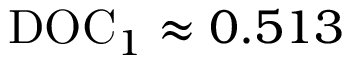
\mathrm { D O C } _ { 1 } \approx 0 . 5 1 3